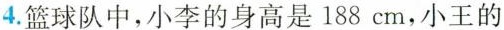
4.篮球队中，小李的身高是188cm，小王的